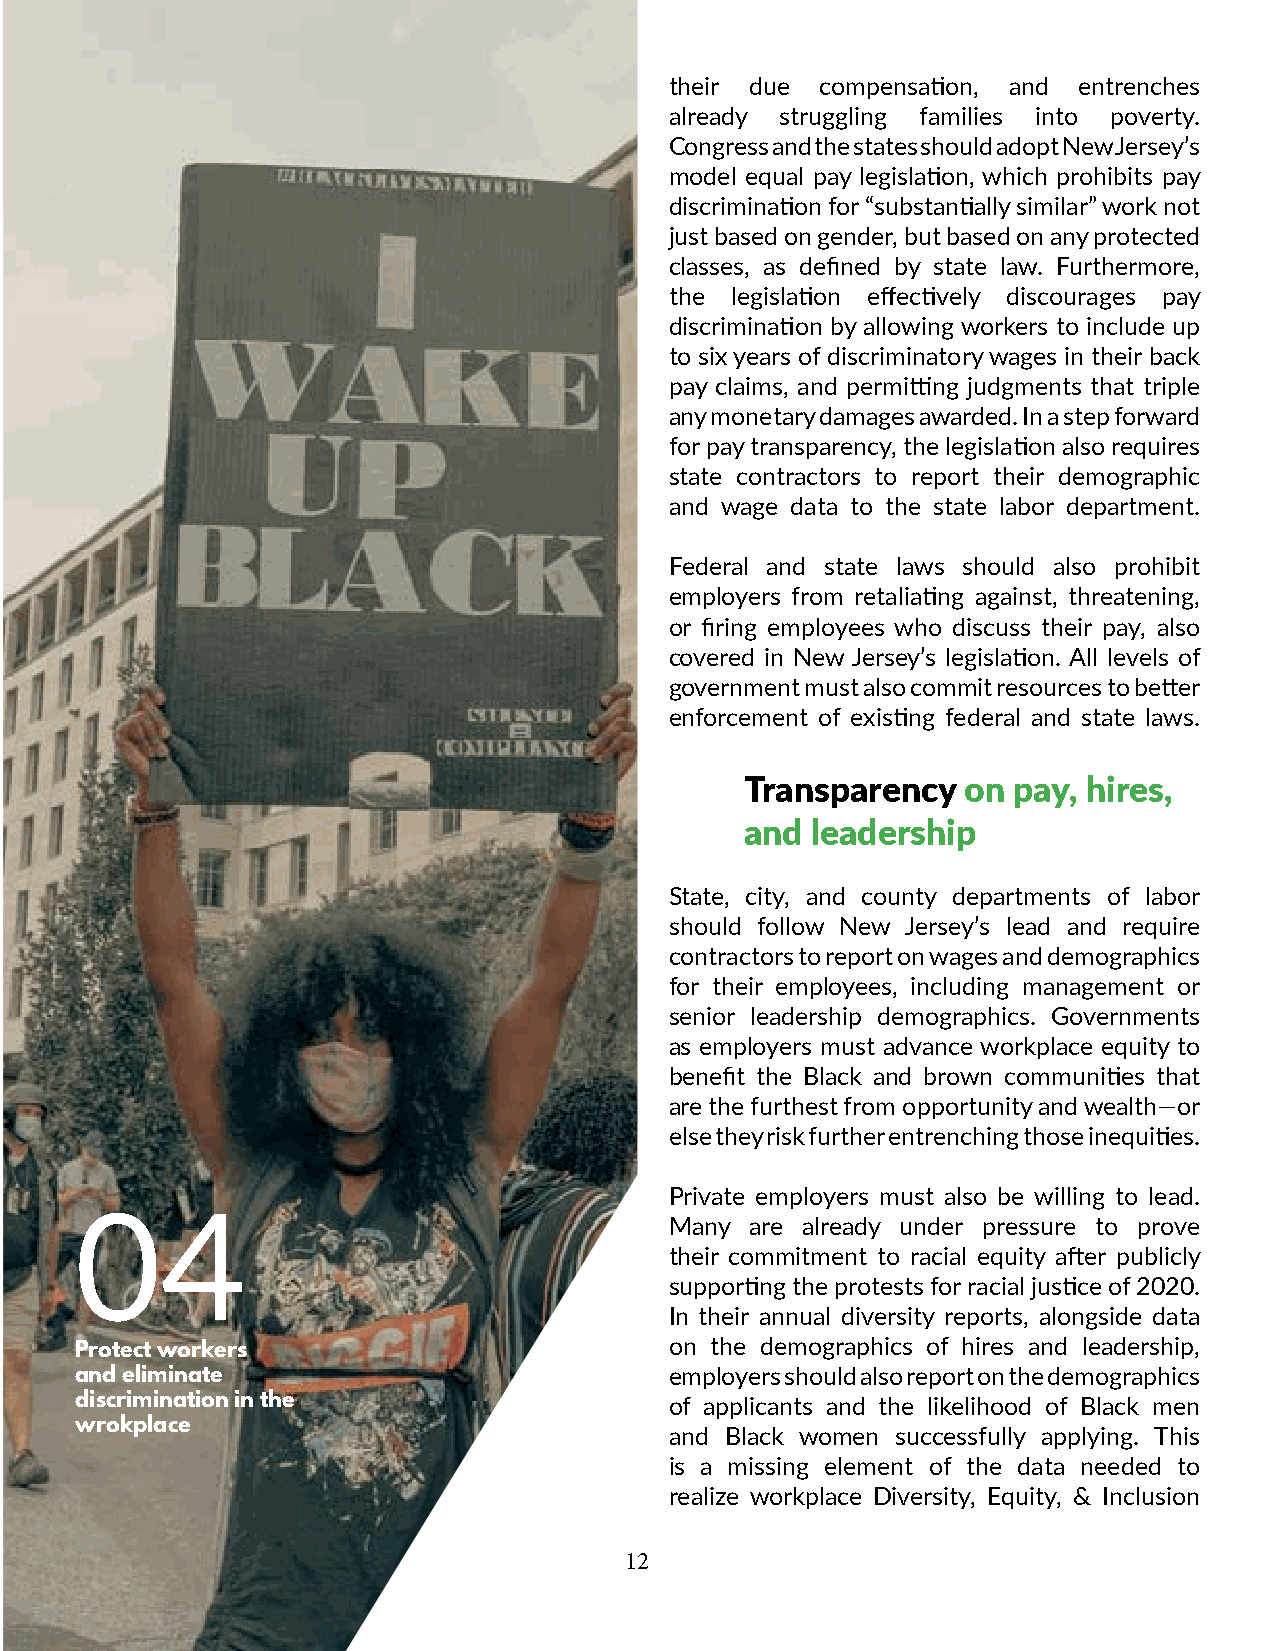
their due compensation, and entrenches
 already struggling families into poverty.
 Congress and the states should adopt New Jersey’s
 model equal pay legislation, which prohibits pay
 discrimination for “substantially similar” work not
 just based on gender, but based on any protected
 classes, as defined by state law. Furthermore,
 the legislation effectively discourages pay
 discrimination by allowing workers to include up
 to six years of discriminatory wages in their back
 pay claims, and permitting judgments that triple
 any monetary damages awarded. In a step forward
 for pay transparency, the legislation also requires
 state contractors to report their demographic
 and wage data to the state labor department.
 Federal and state laws should also prohibit
 employers from retaliating against, threatening,
 or firing employees who discuss their pay, also
 covered in New Jersey’s legislation. All levels of
 government must also commit resources to better
 enforcement of existing federal and state laws.
 Transparency   on pay, hires,
 and  leadership
 State, city, and county departments of labor
 should follow New Jersey’s lead and require
 contractors to report on wages and demographics
 for their employees, including management or
 senior leadership demographics. Governments
 as employers must advance workplace equity to
 benefit the Black and brown communities that
 are the furthest from opportunity and wealth—or
 else they risk further entrenching those inequities.
 Private employers must also be willing to lead.
 04                                     Many  are already under pressure to prove
 their commitment to racial equity after publicly
 supporting the protests for racial justice of 2020.
 In their annual diversity reports, alongside data
 on the demographics of hires and leadership,
 Protect workers
 and eliminate                          employers should also report on the demographics
 discrimination in the                  of applicants and the likelihood of Black men
 wrokplace
 and Black women successfully applying. This
 is a missing element of the data needed to
 realize workplace Diversity, Equity, & Inclusion
 12